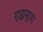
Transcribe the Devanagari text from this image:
गृह्यसूत्र।